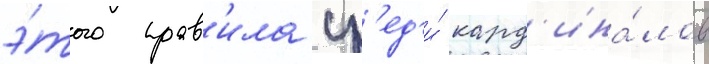
э́того прав'ила ср'ед'и́ кард'ина́лов